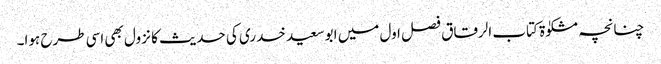
چنانچہ مشکوٰۃ کتاب الرقاق فصل اول میں ابو سعید خدری کی حدیث کا نزول بھی اسی طرح ہوا۔